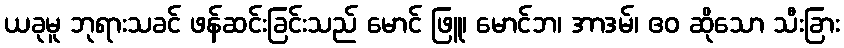
ယခုမူ ဘုရားသခင် ဖန်ဆင်းခြင်းသည် မောင် ဖြူ၊ မောင်ဘ၊ အာဒမ်၊ ဧဝ ဆိုသော သီးခြား